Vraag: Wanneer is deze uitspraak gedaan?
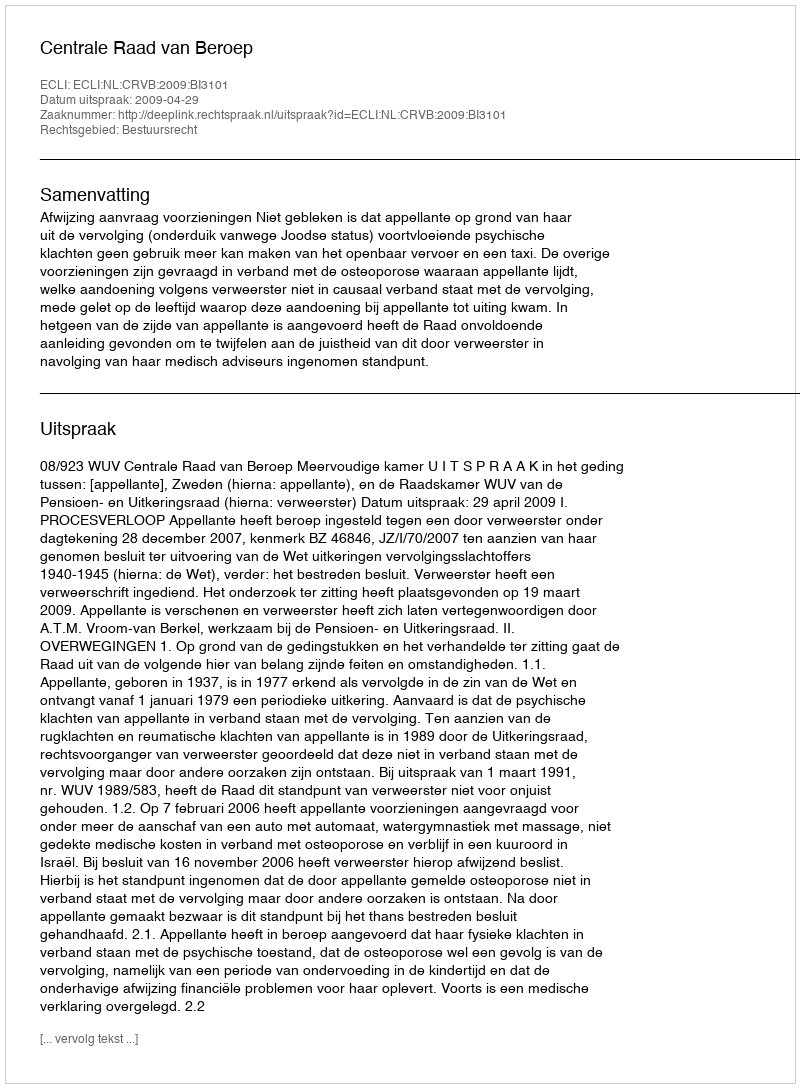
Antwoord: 2009-04-29